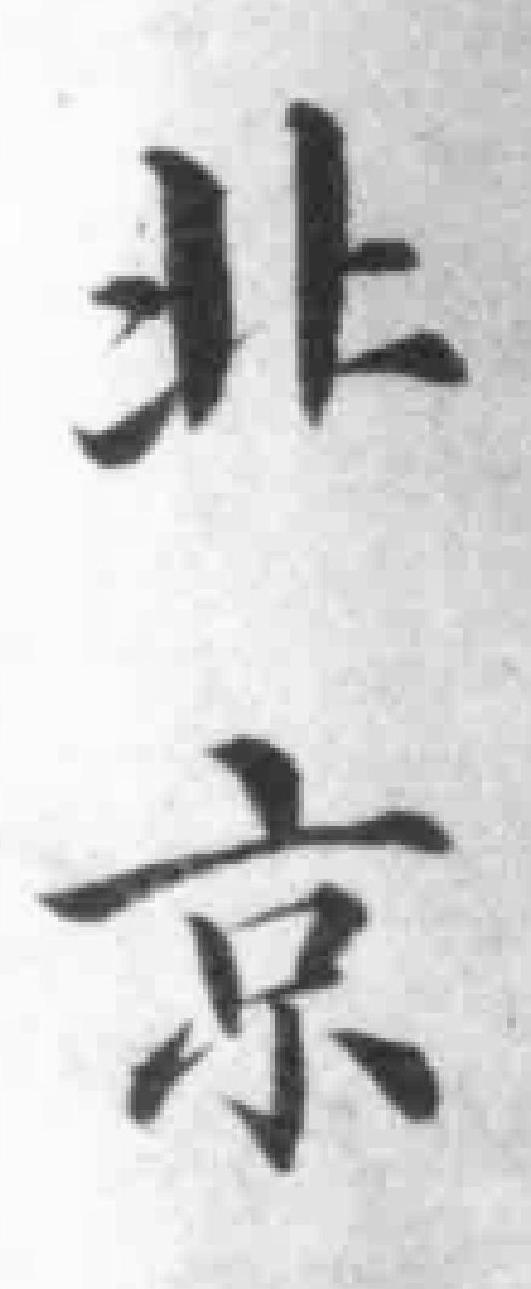
北京